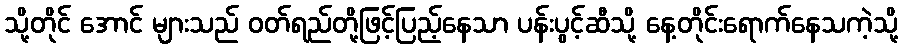
သို့တိုင် အောင် များသည် ဝတ်ရည်တို့ဖြင့်ပြည့်နေသာ ပန်းပွင့်ဆီသို့ နေ့တိုင်းရောက်နေသကဲ့သို့